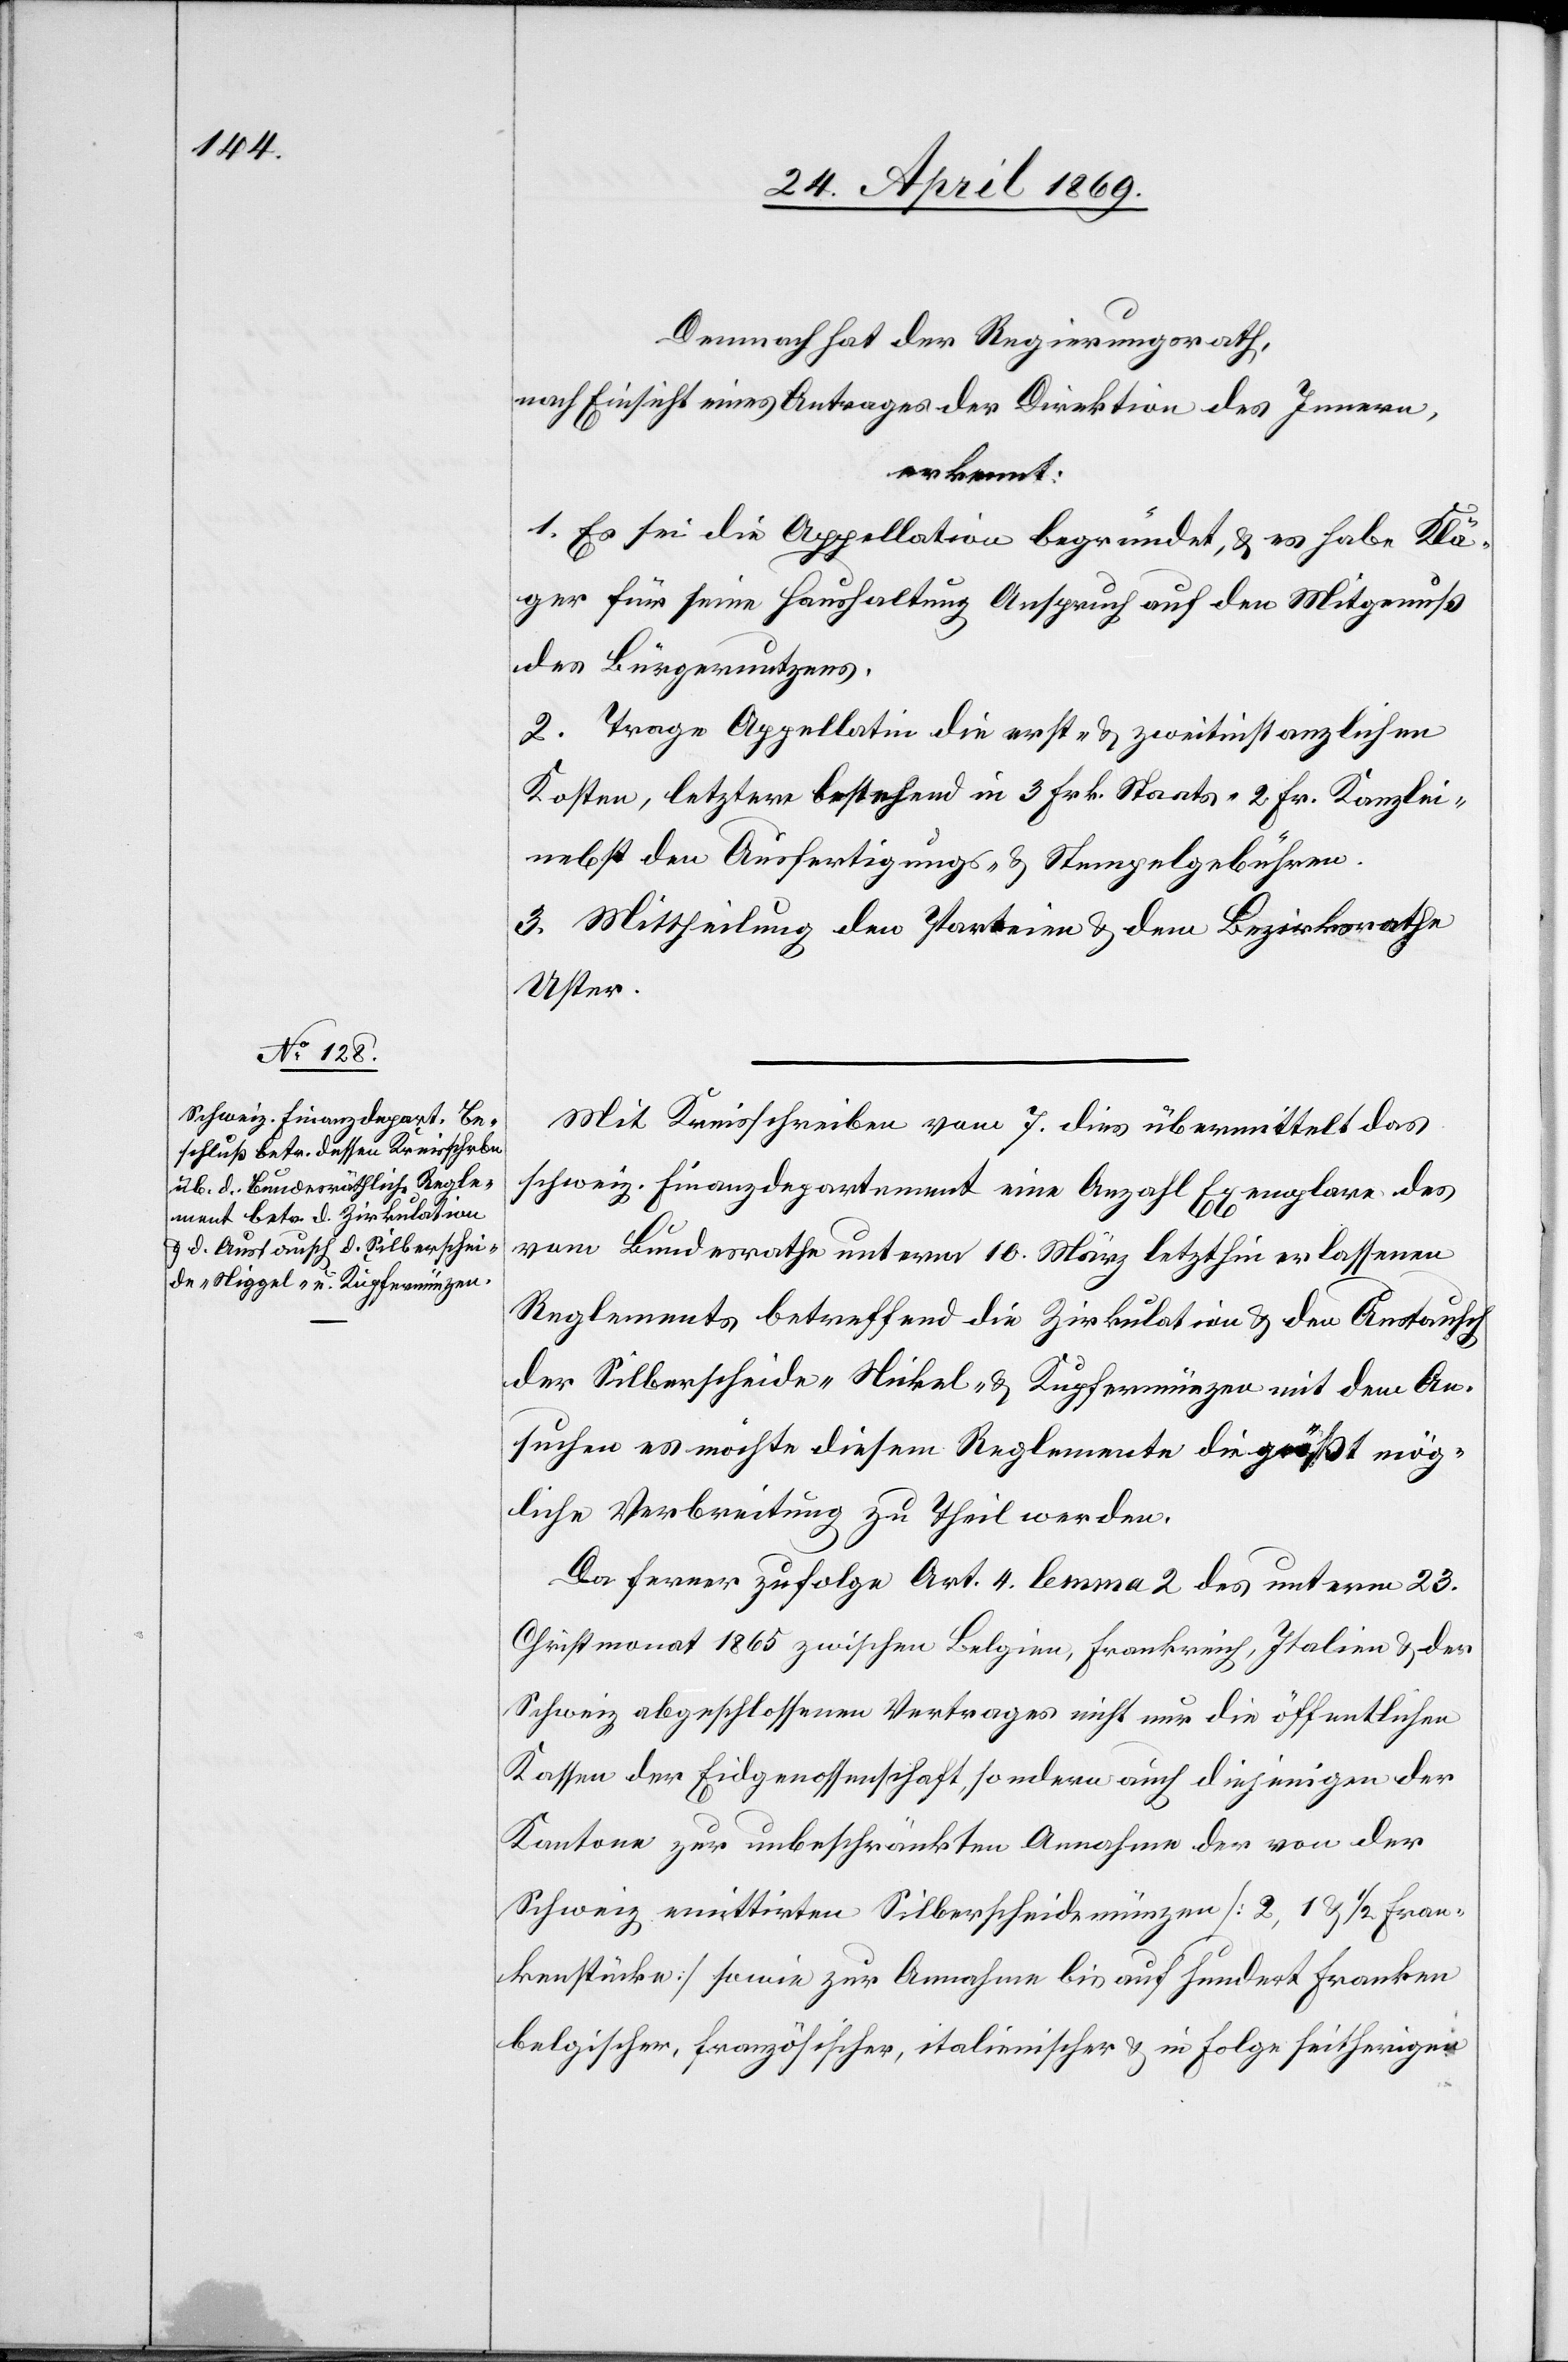
Demnach hat der Regierungsrath,
nach Einsicht eines Antrages der Direktion des Innern,
erkennt:
1. Es sei die Appellation begründet, u. es habe Klä¬
ger für seine Haushaltung Anspruch auf den Mitgenuß
des Bürgernutzens.
2. Trage Appellatin die erst- u. zweitinstanzlichen
Kosten, letztere bestehend in 3 Frk. Staats- 2 Fr. Kanzlei-
nebst den Ausfertigungs- u. Stempelgebühren.
3. Mittheilung den Parteien u. dem Bezirksrathe
Uster.
Mit Kreisschreiben vom 7 dies übermittelt das
schweiz. Finanzdepartement eine Anzahl Exemplare des
vom Bundesrathe unterm 10. März letzthin erlassenen
Reglements betreffend die Zirkulation u. den Austausch
der Silberscheide- Nickel- u. Kupfermünzen mit dem An¬
suchen es möchte diesem Reglemente die größtmög¬
liche Verbreitung zu Theil werden.
Da ferner zufolge Art. 4 lemma 2 des unterm 23.
Christmonat 1865 zwischen Belgien, Frankreich, Italien u. der
Schweiz abgeschlossenen Vertrages nicht nur die öffentlichen
Kassen der Eidgenossenschaft, sondern auch diejenigen der
Kantone zur unbeschränkten Annahme der von der
Schweiz emittirten Silberscheidemünzen [2, 1 u. 1/2 Fran¬
kenstücke] sowie zur Annahme bis auf hundert Franken
belgischer, französischer, italienischer u. in Folge seitherigen